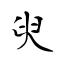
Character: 臾